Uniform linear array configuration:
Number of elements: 16
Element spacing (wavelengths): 0.75
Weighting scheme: kaiser
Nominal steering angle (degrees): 60
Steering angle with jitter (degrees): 59.716
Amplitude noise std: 0.05
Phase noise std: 0.05

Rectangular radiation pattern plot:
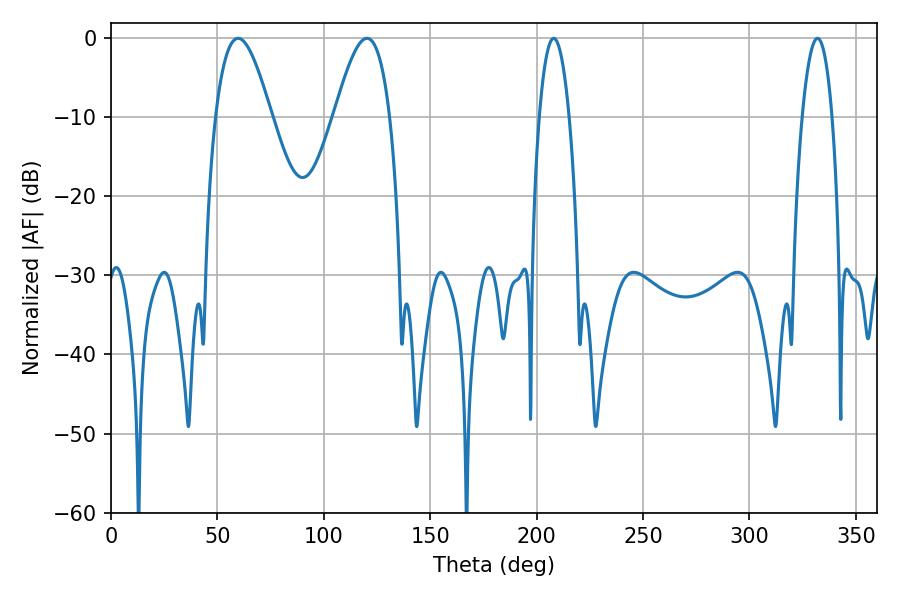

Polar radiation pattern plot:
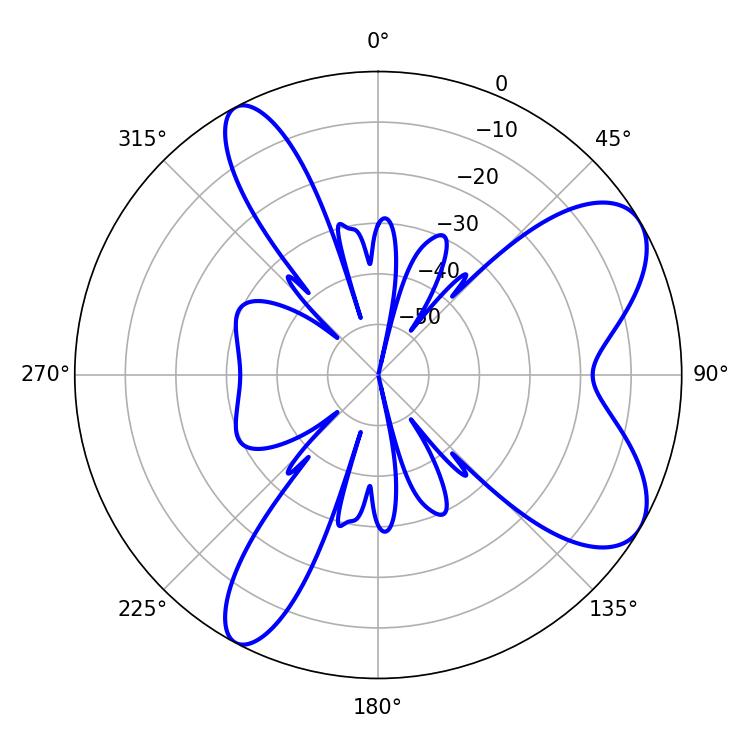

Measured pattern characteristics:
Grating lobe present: TRUE
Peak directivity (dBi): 7.706
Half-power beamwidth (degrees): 14.04
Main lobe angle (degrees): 59.76